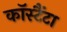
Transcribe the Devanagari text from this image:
कॉस्टैंटा